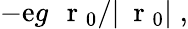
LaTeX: -\mathrm{e}g\, \mathrm{{~\mathbf{~}r~}}_{0}/|\mathrm{{~\mathbf{~}r~}}_{0}|\; ,